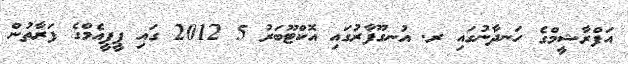
އަފްރާޝީމްގެ ހަނދާނުގައި ރ. އުނގޫފާރުގައި އޮކްޓޫބަރު 5 2012 ގައި ޕީޕީއެމްގެ ފަރާތުން